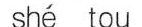
shé tou